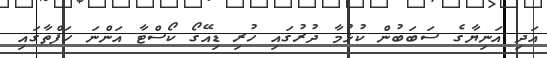
އަދި އަނިޔާގެ ސަބަބުން ކުޅުމާ ދުރުގައި ހުރި ޑިއޭގޯ ކޯސްޓާ އަންނަ ހަފްތާގައި